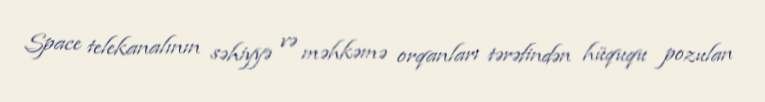
Space telekanalının səhiyyə və məhkəmə orqanları tərəfindən hüququ pozulan